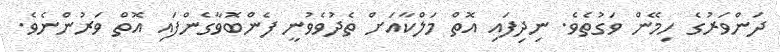
ދަންވަރުގެ ހިމޭން ވަގުތެވެ. ނިދިފައި އޮތް މަލްކާއަށް ތެދުވެވުނީ ފެންބޮވާގެންފައި އޮތް ވަރުންނެވެ.